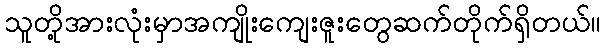
သူတို့အားလုံးမှာအကျိုးကျေးဇူးတွေဆက်တိုက်ရှိတယ်။